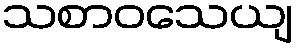
သစာဝသေယျ